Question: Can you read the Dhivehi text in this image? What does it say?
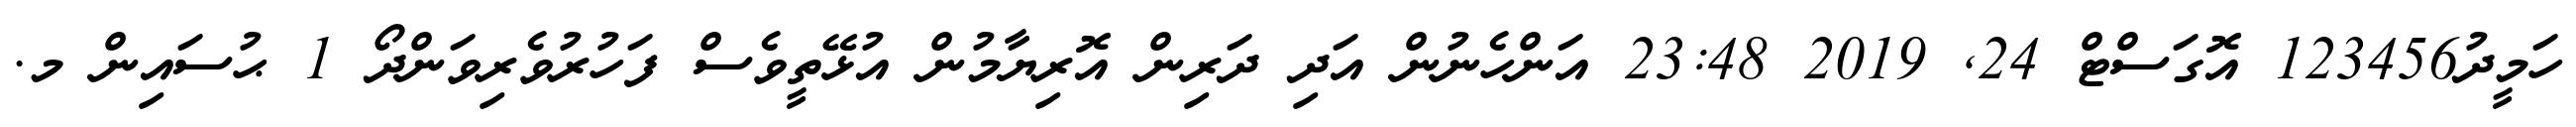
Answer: ހަމީދު123456 އޮގަސްޓް 24, 2019 23:48 އަންހެނުން އަދި ދަރިން އޮރިޔާމުން އުޅޭތީވެސް ފަހުރުވެރިވަންދޯ 1 ޙުސައިން މ.